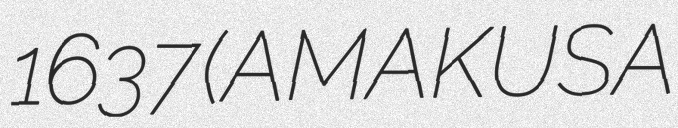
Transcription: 1637 (AMAKUSA